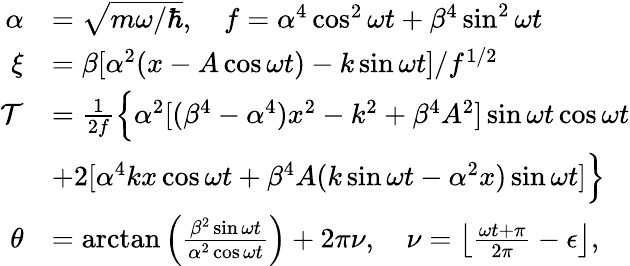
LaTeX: \begin{array}{rl}{\alpha}&{=\sqrt{m\omega/\hbar},\quad f=\alpha^{4}\cos^{2}\omega t+\beta^{4}\sin^{2}\omega t}\\ {\xi}&{=\beta[\alpha^{2}(x-A\cos\omega t)-k\sin\omega t]/f^{1/2}}\\ {{\cal T}}&{=\frac{1}{2f}\Big\{ \alpha^{2}[(\beta^{4}-\alpha^{4})x^{2}-k^{2}+\beta^{4}A^{2}]\sin\omega t\cos\omega t}\\ &{+2[\alpha^{4}kx\cos\omega t+\beta^{4}A(k\sin\omega t-\alpha^{2}x)\sin\omega t]\Big\} }\\ {\theta}&{=\arctan\left(\frac{\beta^{2}\sin\omega t}{\alpha^{2}\cos\omega t}\right)+2\pi\nu,\quad\nu=\left\lfloor\frac{\omega t+\pi}{2\pi}-\epsilon\right\rfloor,}\end{array}